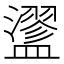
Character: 䀊